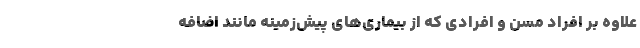
علاوه بر افراد مسن و افرادی که از بیماری‌های پیش‌زمینه مانند اضافه